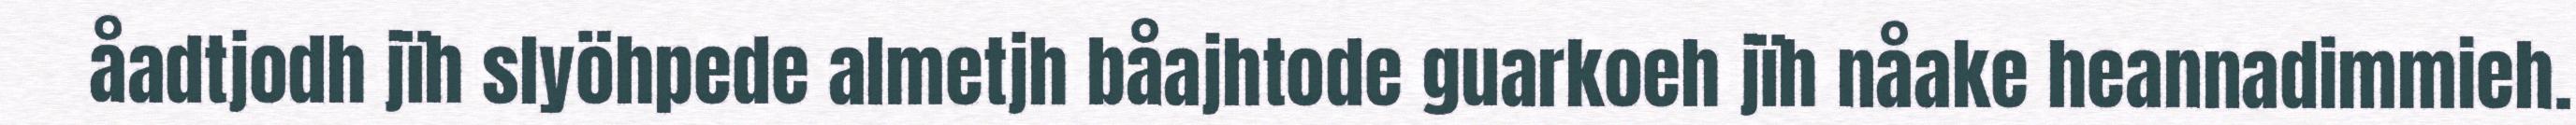
åadtjodh jïh slyöhpede almetjh båajhtode guarkoeh jïh nåake heannadimmieh.